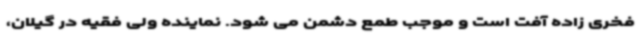
فخری زاده آفت است و موجب طمع دشمن می شود. نماینده ولی فقیه در گیلان،